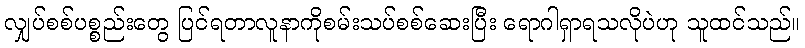
လျှပ်စစ်ပစ္စည်းတွေ ပြင်ရတာလူနာကိုစမ်းသပ်စစ်ဆေးပြီး ရောဂါရှာရသလိုပဲဟု သူထင်သည်။